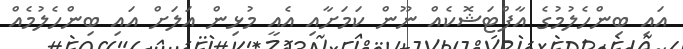
އައި ބިންހެލުމުގެ އާފްޓަޝޮކެއް ނޫން ކަމަށާއި އެއީ މުޅިން އަލަށް އައި ބިންހެލުމެއް